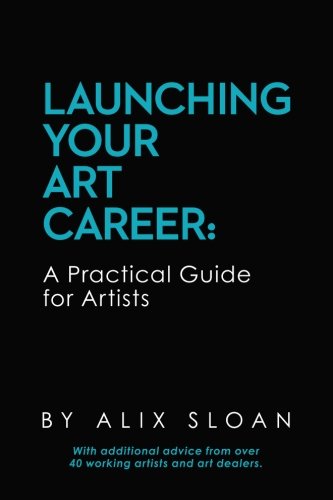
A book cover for Launching Your Art Career: A Practical Guide for Artists; Alix Sloan; Arts & Photography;